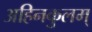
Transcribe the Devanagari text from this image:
अहिनकुलम्